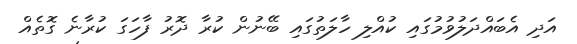
އަދި އެބައްދަލުވުމުގައި ކުއްލި ހާލަތުގައި ބޭނުން ކުރާ ދޮރު ފާހަގަ ކުރާނެ ގޮތެއް